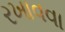
રખાવવા